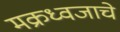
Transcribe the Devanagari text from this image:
मक्रध्वजाचे